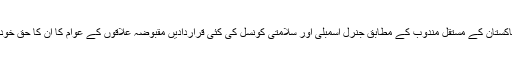
اقوام متحدہ میں پاکستان کے مستقل مندوب کے مطابق جنرل اسمبلی اور سلامتی کونسل کی کئی قراردادیں مقبوضہ علاقوں کے عوام کا ان کا حق خودارادیت دیتی ہیں۔